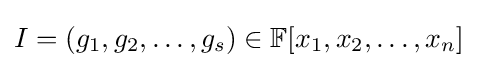
I=(g_{1},g_{2},\dotsc ,g_{s})\in \mathbb {F} [x_{1},x_{2},\dotsc ,x_{n}]